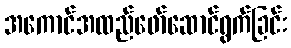
အကောင်အထည်ဖော်ဆောင်ရွက်ခြင်း